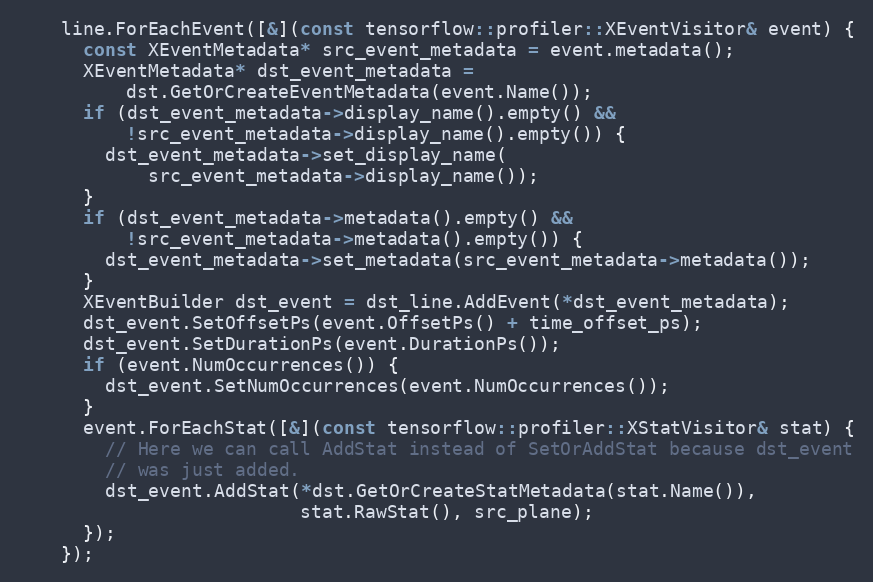
Language: C++
    line.ForEachEvent([&](const tensorflow::profiler::XEventVisitor& event) {
      const XEventMetadata* src_event_metadata = event.metadata();
      XEventMetadata* dst_event_metadata =
          dst.GetOrCreateEventMetadata(event.Name());
      if (dst_event_metadata->display_name().empty() &&
          !src_event_metadata->display_name().empty()) {
        dst_event_metadata->set_display_name(
            src_event_metadata->display_name());
      }
      if (dst_event_metadata->metadata().empty() &&
          !src_event_metadata->metadata().empty()) {
        dst_event_metadata->set_metadata(src_event_metadata->metadata());
      }
      XEventBuilder dst_event = dst_line.AddEvent(*dst_event_metadata);
      dst_event.SetOffsetPs(event.OffsetPs() + time_offset_ps);
      dst_event.SetDurationPs(event.DurationPs());
      if (event.NumOccurrences()) {
        dst_event.SetNumOccurrences(event.NumOccurrences());
      }
      event.ForEachStat([&](const tensorflow::profiler::XStatVisitor& stat) {
        // Here we can call AddStat instead of SetOrAddStat because dst_event
        // was just added.
        dst_event.AddStat(*dst.GetOrCreateStatMetadata(stat.Name()),
                          stat.RawStat(), src_plane);
      });
    });